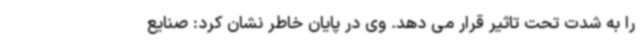
را به شدت تحت تاثیر قرار می دهد. وی در پایان خاطر نشان کرد: صنایع